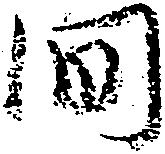
間